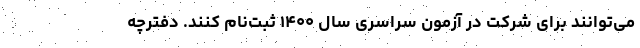
می‌توانند برای شرکت در آزمون سراسری سال ۱۴۰۰ ثبت‌نام کنند. دفترچه